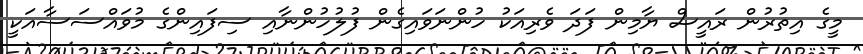
މީގެ އިތުރުން ރައީސް ޔާމިން ފަދަ ވެރިއަކު ހުންނަވައިގެން ފުލުހުންނާއި ސިފައިންގެ މުވައްސަސާއަކީ